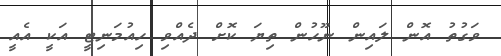
ވަގުތު އޮން ލައިން ނޫހުން ތިޔަ ކޮށް ދެއްވި ހިއުމަނިޓީ އަކީ އެއީ